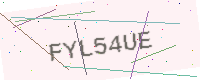
Text: FYL54UE